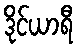
ဒိုင်ယာရီ